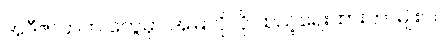
အဲဒီဇာတက တွေမှာ အမြဲလိုလို ထည့်ရေးထားတာမျိုးပါ။